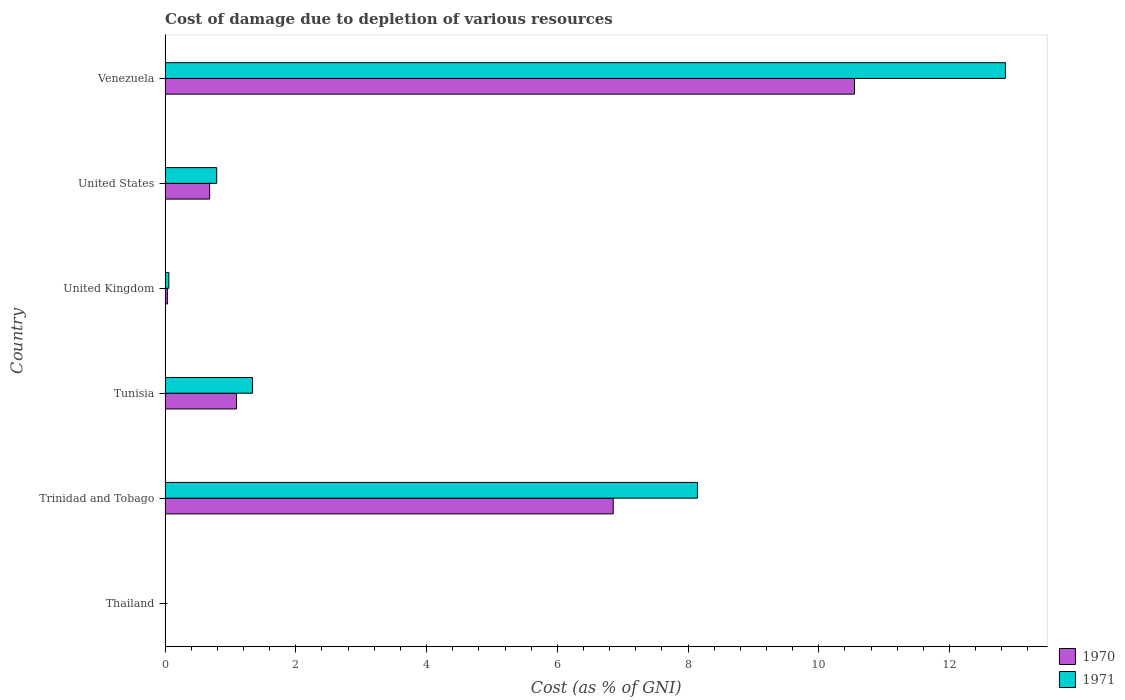
| Country | 1970 | 1971 |
 | --- | --- | --- |
 | Thailand | 0.00127 | 0.0033 |
 | Trinidad and Tobago | 6.86 | 8.14 |
 | Tunisia | 1.09 | 1.34 |
 | United Kingdom | 0.0349 | 0.0576 |
 | United States | 0.681 | 0.79 |
 | Venezuela | 10.5 | 12.9 |